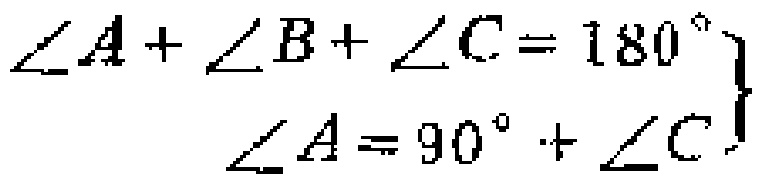
$\left.\begin{array}{r}
\angle A+\angle B+\angle C = 180^{\circ}\\
\angle A = 90^{\circ}+\angle C
\end{array}\right\}$